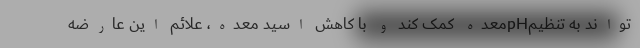
تواند به تنظیمpHمعده کمک کند و با کاهش اسید معده، علائم این عارضه